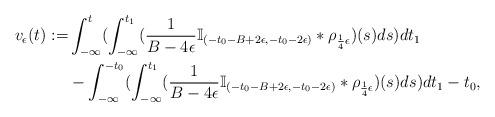
LaTeX: \begin{align*}v_\epsilon(t):=&\int_{-\infty}^{t}(\int_{-\infty}^{t_1}(\frac{1}{B-4\epsilon}\mathbb{I}_{(-t_0-B+2\epsilon,-t_0-2\epsilon)}*\rho_{\frac{1}{4}\epsilon})(s)ds)dt_1\\&-\int_{-\infty}^{-t_0}(\int_{-\infty}^{t_1}(\frac{1}{B-4\epsilon}\mathbb{I}_{(-t_0-B+2\epsilon,-t_0-2\epsilon)}*\rho_{\frac{1}{4}\epsilon})(s)ds)dt_1-t_0,\end{align*}